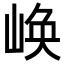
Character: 𡺌